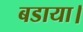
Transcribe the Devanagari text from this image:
बडाया।